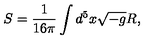
S = \frac { 1 } { 1 6 \pi } \int d ^ { 5 } x \sqrt { - g } R ,